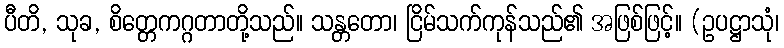
ပီတိ, သုခ, စိတ္တေကဂ္ဂတာတို့သည်။ သန္တတော၊ ငြိမ်သက်ကုန်သည်၏ အဖြစ်ဖြင့်။ (ဥပဋ္ဌာသုံ၊